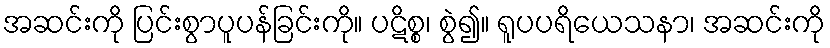
အဆင်းကို ပြင်းစွာပူပန်ခြင်းကို။ ပဋိစ္စ၊ စွဲ၍။ ရူပပရိယေသနာ၊ အဆင်းကို